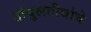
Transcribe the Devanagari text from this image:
तांबुलतीर्थाचे